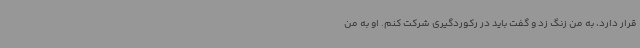
قرار دارد، به من زنگ زد و گفت باید در رکوردگیری شرکت کنم. او به من